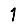
Digit: 1